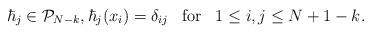
LaTeX: \begin{align*} \hbar_j\in {\mathcal P}_{N-k}, \hbar_j(x_i)=\delta_{ij}\;\;\; {\rm for}\;\;\; 1\le i,j\le N+1-k. \end{align*}